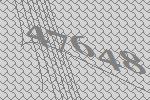
47648